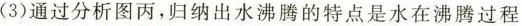
(3)通过分析图丙，归纳出水沸腾的特点是水在沸腾过程